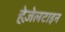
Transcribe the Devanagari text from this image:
हेज़ेलटाइन